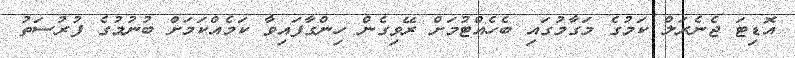
އޮޑިޓަ ޖެނެރަލް ކަމުގެ މަގާމުގައި ބެހެެއްޓުމަށް ރޭވިގެން ހިންގާފައިވާ ކަމެއްކަމަށް ބުނުމުގެ ފުރުސަތު